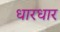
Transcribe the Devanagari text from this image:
धारधार